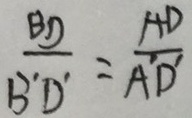
\frac { B D } { B ^ { \prime } D ^ { \prime } } = \frac { A D } { A ^ { \prime } D ^ { \prime } }